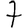
Digit: 7